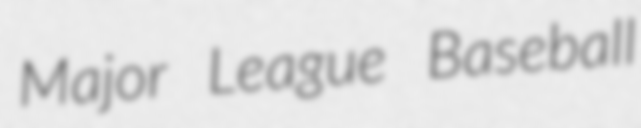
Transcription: Major League Baseball